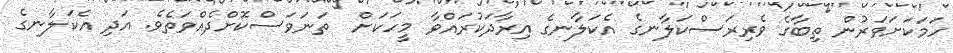
ހަމަކަށަވަރުން ތިބާގެ ވެރިރަސްކަލާނގެ އެކަލާނގެ އިރާދަކުރައްވާ މީހަކަށް  ތަނަވަސްކޮށްދެއްވަތެވެ. އަދި އެކަލާނގެ